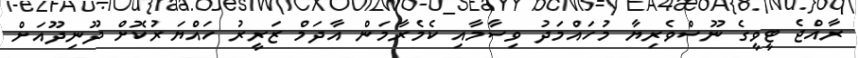
ރާއްޖެ ޓީވީގެ ނޫސްވެރިޔާ މުހައްމަދު ވިސާމާއި ކެމެރާމަން އާދަމް ޒަރީރު ހައްޔަރުކޮށް ދޫނިދޫއަށް